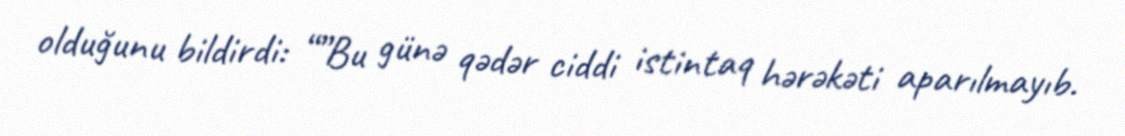
olduğunu bildirdi: “”Bu günə qədər ciddi istintaq hərəkəti aparılmayıb.